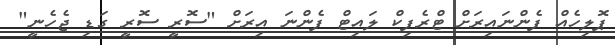
ޕޮލިހެއް ފެންނައިރަށް ޓްރެފިކް ލައިޓް ފެންނަ އިރަށް "ސޮރީ ސޮރީ ގަޑި ޖެހެނީ"